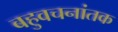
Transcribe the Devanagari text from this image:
बहुवचनांतक